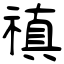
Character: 禛